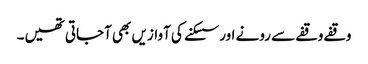
وقفے وقفے سے رونے اور سسکنے کی آوازیں بھی آجاتی تھیں۔